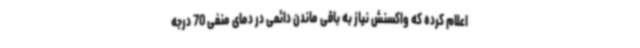
اعلام کرده که واکسنش نیاز به باقی ماندن دائمی در دمای منفی 70 درجه